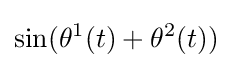
\sin(\theta ^{1}(t)+\theta ^{2}(t))